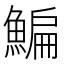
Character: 鯿